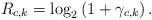
\begin{align*} R_{c,k}=\log_2\left(1+\gamma_{c,k}\right).\end{align*}